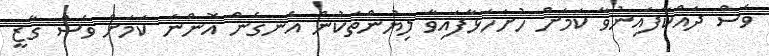
ވެސް ދައްކާފައިނުވާ ކަމަށް ހުށަހަޅާފައިވާ ލިޔުންތަކުން އެނގެން އޮންނަ ކަމަށް ވެސް ގާޒީ